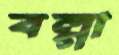
বল্‌গা